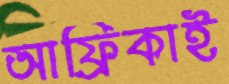
আফ্রিকাই